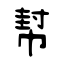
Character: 幇